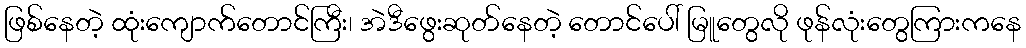
ဖြစ်နေတဲ့ ထုံးကျောက်တောင်ကြီး၊ အဲဒီဖွေးဆုတ်နေတဲ့ တောင်ပေါ် မြူတွေလို ဖုန်လုံးတွေကြားကနေ